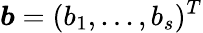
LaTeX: \boldsymbol{b}=(b_{1},...,b_{s})^{T}